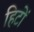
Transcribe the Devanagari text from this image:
हिटों